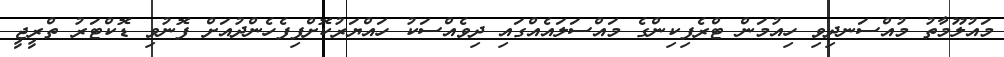
މައުލޫމާތު މުއްސަނދިވި ހިއުމަން ޓްރެފިކިންގެ މައްސަލައެއްގައި ދިވެއްސަކު ހައްޔަރުކޮށްފިފެހެންދުއަށް ފޮނުވި ޑޮކްޓަރު ތްރީޖީ